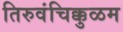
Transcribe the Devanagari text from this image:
तिरुवंचिक्कुळम